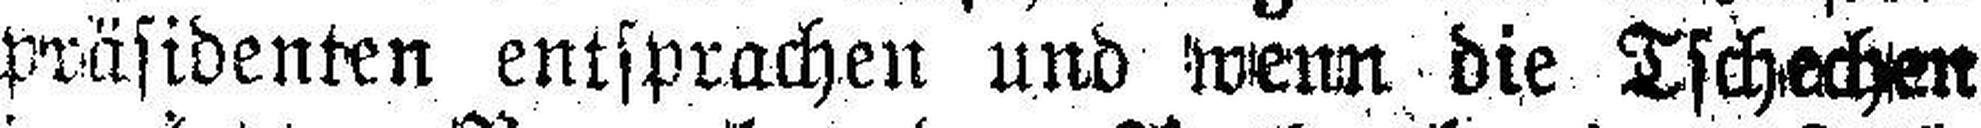
präsidenten entsprachen und wenn die Tschechen